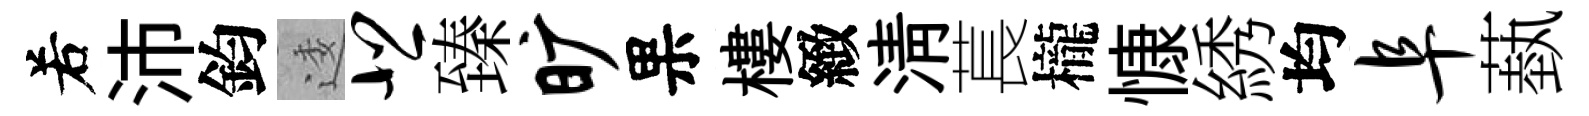
𠰥沛鈞逶悲臻旷果樓緻淸萇櫳慷綉均阜蓺